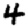
Digit: 4